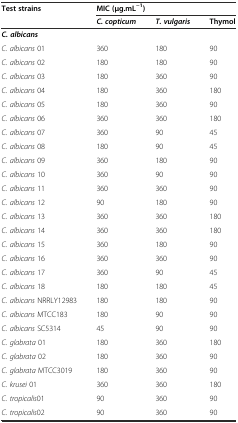
<table><thead><tr><td rowspan="2"><b>Test strains</b></td><td colspan="3"><b>MIC (μg.mL<sup>−1</sup>)</b></td></tr><tr><td><b><i>C. copticum</i></b></td><td><b><i>T. vulgaris</i></b></td><td><b>Thymol</b></td></tr></thead><tbody><tr><td><b><i>C. albicans</i></b></td><td></td><td></td><td></td></tr><tr><td><i>C. albicans</i> 01</td><td>360</td><td>180</td><td>90</td></tr><tr><td><i>C. albicans</i> 02</td><td>180</td><td>180</td><td>90</td></tr><tr><td><i>C. albicans</i> 03</td><td>180</td><td>360</td><td>90</td></tr><tr><td><i>C. albicans</i> 04</td><td>180</td><td>360</td><td>180</td></tr><tr><td><i>C. albicans</i> 05</td><td>180</td><td>360</td><td>90</td></tr><tr><td><i>C. albicans</i> 06</td><td>360</td><td>360</td><td>180</td></tr><tr><td><i>C. albicans</i> 07</td><td>360</td><td>90</td><td>45</td></tr><tr><td><i>C. albicans</i> 08</td><td>180</td><td>90</td><td>45</td></tr><tr><td><i>C. albicans</i> 09</td><td>360</td><td>180</td><td>90</td></tr><tr><td><i>C. albicans</i> 10</td><td>360</td><td>90</td><td>90</td></tr><tr><td><i>C. albicans</i> 11</td><td>360</td><td>360</td><td>90</td></tr><tr><td><i>C. albicans</i> 12</td><td>90</td><td>180</td><td>90</td></tr><tr><td><i>C. albicans</i> 13</td><td>360</td><td>360</td><td>180</td></tr><tr><td><i>C. albicans</i> 14</td><td>360</td><td>360</td><td>180</td></tr><tr><td><i>C. albicans</i> 15</td><td>360</td><td>180</td><td>90</td></tr><tr><td><i>C. albicans</i> 16</td><td>360</td><td>360</td><td>90</td></tr><tr><td><i>C. albicans</i> 17</td><td>360</td><td>90</td><td>45</td></tr><tr><td><i>C. albicans</i> 18</td><td>180</td><td>180</td><td>45</td></tr><tr><td><i>C. albicans</i> NRRLY12983</td><td>180</td><td>180</td><td>90</td></tr><tr><td><i>C. albicans</i> MTCC183</td><td>180</td><td>90</td><td>90</td></tr><tr><td><i>C. albicans</i> SC5314</td><td>45</td><td>90</td><td>90</td></tr><tr><td><i>C. glabrata</i> 01</td><td>180</td><td>360</td><td>180</td></tr><tr><td><i>C. glabrata</i> 02</td><td>180</td><td>360</td><td>90</td></tr><tr><td><i>C. glabrata</i> MTCC3019</td><td>180</td><td>360</td><td>90</td></tr><tr><td><i>C. krusei</i> 01</td><td>360</td><td>360</td><td>180</td></tr><tr><td><i>C. tropicalis</i>01</td><td>90</td><td>360</td><td>90</td></tr><tr><td><i>C. tropicalis</i>02</td><td>90</td><td>360</td><td>90</td></tr></tbody></table>